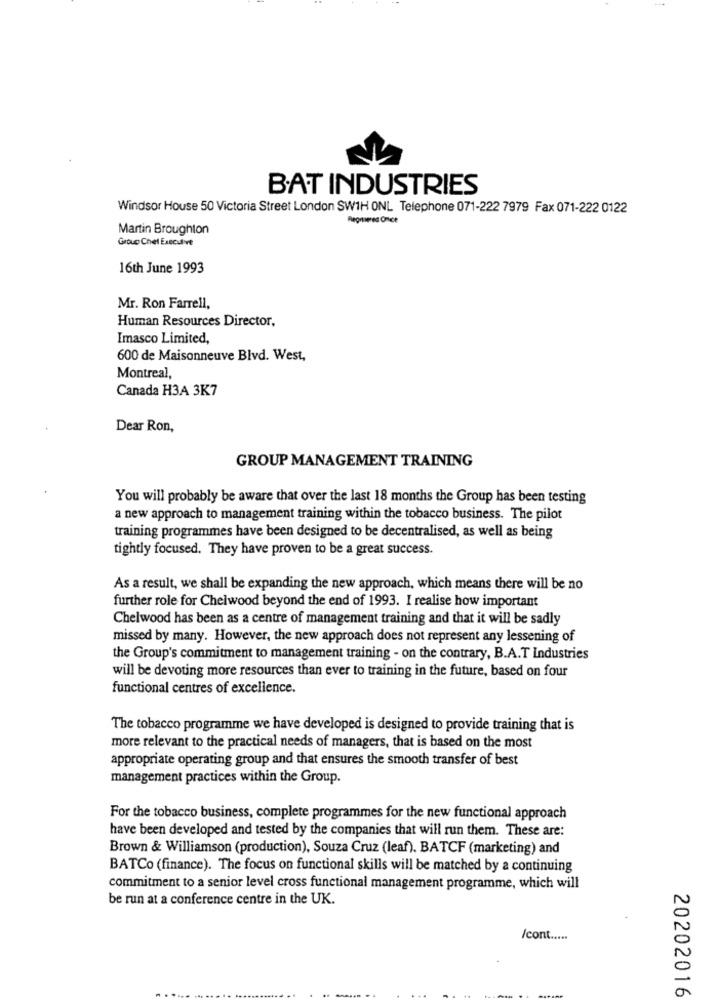
BAT INDUSTRIES
Windsor House 50 Victoria Street London SW1H ONL Telephone 071-222 7979 Fax 071-222 0122
Martin Broughton
Group Chel Execulive
16th June 1993
Mr. Ron Farrell,
Human Resources Director.
Imasco Limited,
600 de Maisonneuve Blvd. West,
Montreal,
Canada H3A 3K7
Dear Ron,
GROUP MANAGEMENT TRAINING
You will probably be aware that over the last 18 months the Group has been testing
a new approach to management training within the tobacco business. The pilot
training programmes have been designed to be decentralised, as well as being
tightly focused. They have proven to be a great success.
As a result, we shall be expanding the new approach, which means there will be no
further role for Chelwood beyond the end of 1993. I realise how important
Chelwood has been as a centre of management training and that it will be sadly
missed by many. However, the new approach does not represent any lessening of
the Group's commitment to management training - on the contrary, B.A.T Industries
will be devoting more resources than ever to training in the future, based on four
functional centres of excellence.
The tobacco programme we have developed is designed to provide training that is
more relevant to the practical needs of managers, that is based on the most
appropriate operating group and that ensures the smooth transfer of best
management practices within the Group.
For the tobacco business, complete programmes for the new functional approach
have been developed and tested by the companies that will run them. These are:
Brown & Williamson (production), Souza Cruz (leaf). BATCF (marketing) and
BATCo (finance). The focus on functional skills will be matched by a continuing
commitment to a senior level cross functional management programme, which will
be run at a conference centre in the UK.
/cont .....
20202016